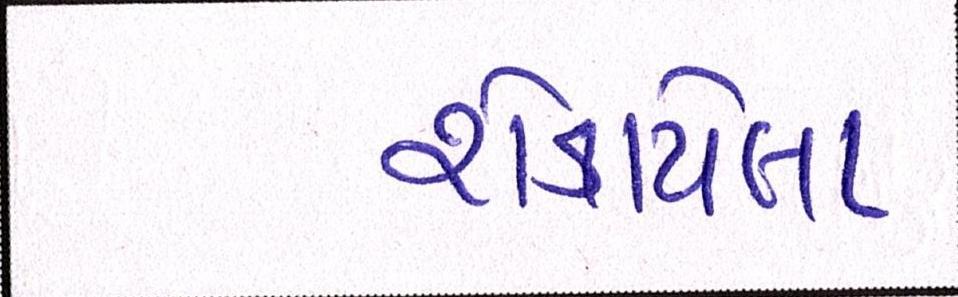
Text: શેકાયેલા